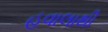
હવાલાથી